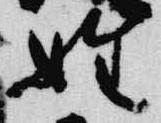
姓